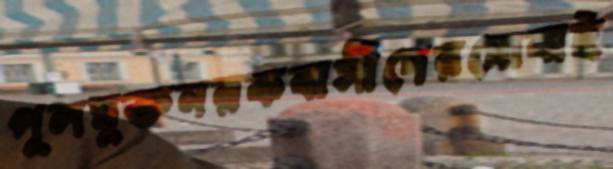
পুলমুক্তনরকবাসীদেরমোবাই